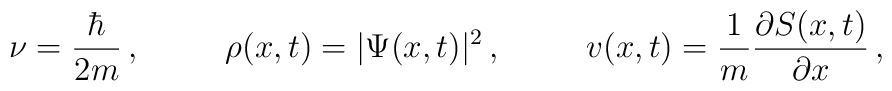
\nu=\frac{\hbar}{2m} \, , \; \; \; \; \; \; \; \; \;\rho(x,t)=|\Psi(x,t)|^{2}\, ,  \; \; \; \; \; \; \; \; \;v(x,t) = \frac{1}{m}\frac{\partial S(x,t)}{\partial x} \, ,